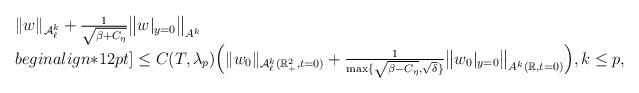
LaTeX: \begin{align*}\begin{array}{ll}\|w\|_{\mathcal{A}_{\ell}^{k}} + \frac{1}{\sqrt{\beta + C_{\eta}}}\big\|w|_{y=0}\big\|_{A^{k}} \\begin{align*}12pt]\leq C(T,\lambda_p)\Big(\|w_0\|_{\mathcal{A}_{\ell}^{k}(\mathbb{R}_{+}^2,t=0)}+ \frac{1}{\max\{\sqrt{\beta -C_{\eta}},\sqrt{\delta}\}} \big\|w_0|_{y=0} \big\|_{A^k(\mathbb{R},t=0)} \Big),k\leq p,\end{array}\end{align*}